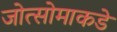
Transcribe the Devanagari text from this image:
जोत्सोमाकडे